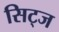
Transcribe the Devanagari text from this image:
सिट्ज